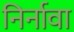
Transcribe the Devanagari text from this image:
निर्नावा